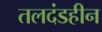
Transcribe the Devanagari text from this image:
तलदंडहीन